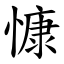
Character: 慷